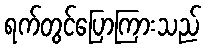
ရက်တွင်ပြောကြားသည်